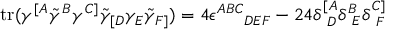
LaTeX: \mathrm { t r } ( \gamma ^ { [ A } \tilde { \gamma } ^ { B } \gamma ^ { C ] } \tilde { \gamma } _ { [ D } \gamma _ { E } \tilde { \gamma } _ { F ] } ) = 4 \epsilon ^ { A B C } { } _ { D E F } - 2 4 \delta _ { ~ D } ^ { [ A } \delta _ { ~ E } ^ { B } \delta _ { ~ F } ^ { C ] }